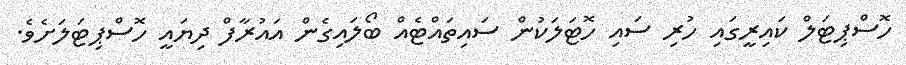
ހޮސްޕިޓަލް ކައިރީގައި ހުރި ސައި ހޮޓަލަކުން ސައިތައްޓެއް ބޯލައިގެން އައުރާފް ދިޔައީ ހޮސްޕިޓަލަށެވެ.